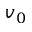
v _ { 0 }